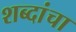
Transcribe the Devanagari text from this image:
शब्दांचा